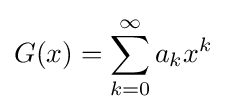
G(x)=\sum _{k=0}^{\infty }a_{k}x^{k}